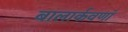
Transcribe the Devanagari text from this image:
बालार्कवणां